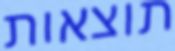
תוצאות